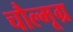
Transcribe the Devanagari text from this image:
चौल्मूग्र